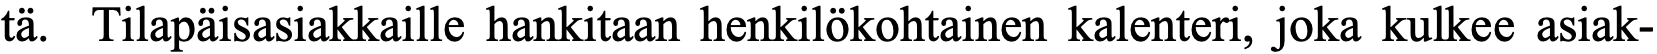
tä. Tilapäisasiakkaille hankitaan henkilökohtainen kalenteri, joka kulkee asiak-